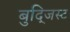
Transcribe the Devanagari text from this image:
बुद्जिस्ट